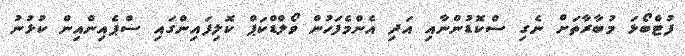
ފުޓްބޯޅަ މުބާރާތަށް ނެގި ސްކޮޑުންނާއި އަދި އެންމެފަހުން ވޯލްޑްކަޕް ކޮލިފައިންގައި ސްޕެއިންއިން ކުޅުނު